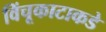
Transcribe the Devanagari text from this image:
विंचूकाटाकडे